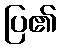
ပြ၏